Vaccine operations Central Provinces 1886-1899 - 1886-1899
Year: 1886
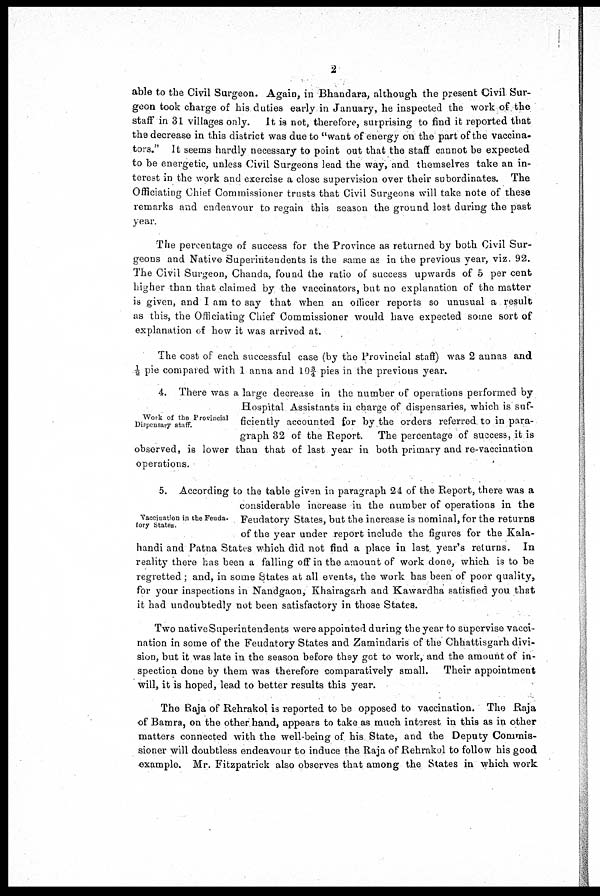
2
able to the Civil Surgeon. Again, in Bhandara, although the present Civil Sur-
geon took charge of his duties early in January, he inspected the work of the
staff in 31 villages only. It is not, therefore, surprising to find it reported that
the decrease in this district was due to "want of energy on the part of the vaccina-
tors." It seems hardly necessary to point out that the staff cannot be expected
to be energetic, unless Civil Surgeons lead the way, and themselves take an in-
terest in the work and exercise a close supervision over their subordinates. The
Officiating Chief Commissioner trusts that Civil Surgeons will take note of these
remarks and endeavour to regain this season the ground lost during the past
year.
The percentage of success for the Province as returned by both Civil Sur-
geons and Native Superintendents is the same as in the previous year, viz. 92.
The Civil Surgeon, Chanda, found the ratio of success upwards of 5 per cent
higher than that claimed by the vaccinators, but no explanation of the matter
is given, and I am to say that when an officer reports so unusual a result
as this, the Officiating Chief Commissioner would have expected some sort of
explanation of how it was arrived at.
The cost of each successful case (by the Provincial staff) was 2 annas and
½ pie compared with 1 anna and 10¾ pies in the previous year.
Work of the Provincial
Dispensary staff.
4. There was a large decrease in the number of operations performed by
Hospital Assistants in charge of dispensaries, which is suf-
ficiently accounted for by the orders referred to in para-
graph 32 of the Report. The percentage of success, it is
observed, is lower than that of last year in both primary and re-vaccination
operations.
Vaccination in the Feuda-
tory States.
5. According to the table given in paragraph 24 of the Report, there was a
considerable increase in the number of operations in the
Feudatory States, but the increase is nominal, for the returns
of the year under report include the figures for the Kala-
handi and Patna States which did not find a place in last year's returns. In
reality there has been a falling off in the amount of work done, which is to be
regretted; and, in some States at all events, the work has been of poor quality,
for your inspections in Nandgaon, Khairagarh and Kawardha satisfied you that
it had undoubtedly not been satisfactory in those States.
Two native Superintendents were appointed during the year to supervise vacci-
nation in some of the Feudatory States and Zamindaris of the Chhattisgarh divi-
sion, but it was late in the season before they got to work, and the amount of in-
spection done by them was therefore comparatively small. Their appointment
will, it is hoped, lead to better results this year.
The Raja of Rehrakol is reported to be opposed to vaccination. The Raja
of Bamra, on the other hand, appears to take as much interest in this as in other
matters connected with the well-being of his State, and the Deputy Commis-
sioner will doubtless endeavour to induce the Raja of Rehrakol to follow his good
example. Mr. Fitzpatrick also observes that among the States in which work